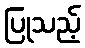
ပြုသည့်